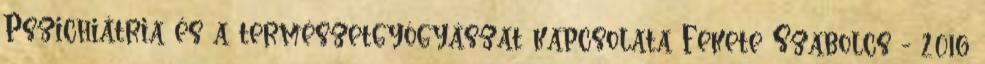
Pszichiátria és a természetgyógyászat kapcsolata Fekete Szabolcs - 2016